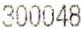
300048